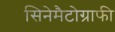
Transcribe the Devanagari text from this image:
सिनेमैटोग्राफी